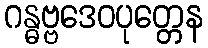
ဂန္ဓဗ္ဗဒေဝပုတ္တေန